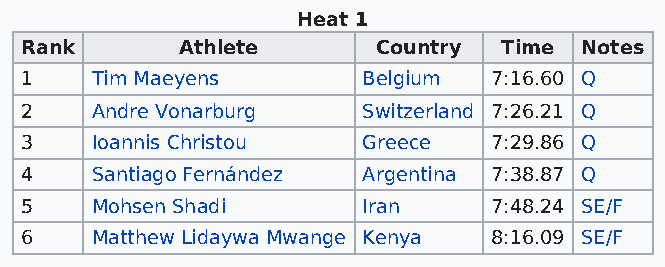
Heat 1
 Rank       Athlete      Country Time Notes
 1    Tim Maeyens       Belgium 7:16.60 Q
 2    Andre Vonarburg   Switzerland 7:26.21 Q
 3    Ioannis Christou  Greece  7:29.86 Q
 4    Santiago Fernández Argentina 7:38.87 Q
 5    Mohsen Shadi      Iran    7:48.24 SE/F
 6    Matthew Lidaywa Mwange Kenya 8:16.09 SE/F